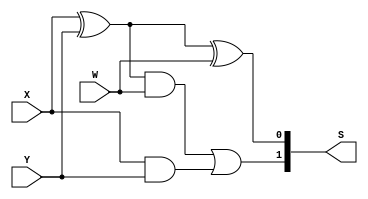
//module FullAdderWithAssign(input X,Y,W,output Sum,Carry);
module FullAdderWithAssign(input X,Y,W,output [1:0]S);
	/*
	wire L,P,Q; // Optional
	assign L = X^Y;
	assign Sum = L^W;
	assign Q = X&Y;
	assign Carry = P|Q;
	*/			
	
	//better way
	
	//first Approach
	/*
	assign Sum = (X^Y)^W;
	assign Carry = ((x^y)&W)|(X&Y);
	*/
	//Second Approach
	
	assign S[0] = (X^Y)^W;
	assign S[1] = ((X^Y)&W)|(X&Y);

	//Third Approach
	//assign SUM = X+Y+Z		// output [1:0] SUM
	
endmodule

//assign F = &(A); 	It ANDs all Bits of A
//assign F = ~&(A)  = valid syntax for NAND
//assign F = &({X,Y,Z,K})  =  X & Y & Z & K    // Adjoint